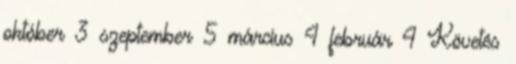
október 3 szeptember 5 március 4 február 4 Követés